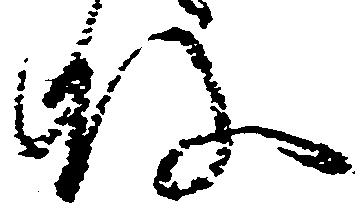
殿